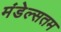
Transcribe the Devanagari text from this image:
मंडेल्सतम